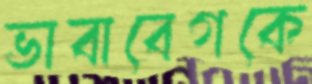
ভাবাবেগকে